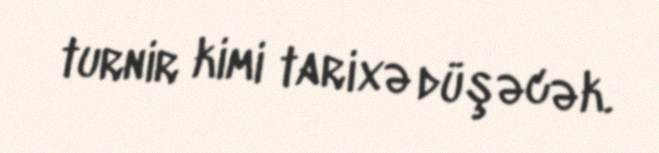
turnir kimi tarixə düşəcək.